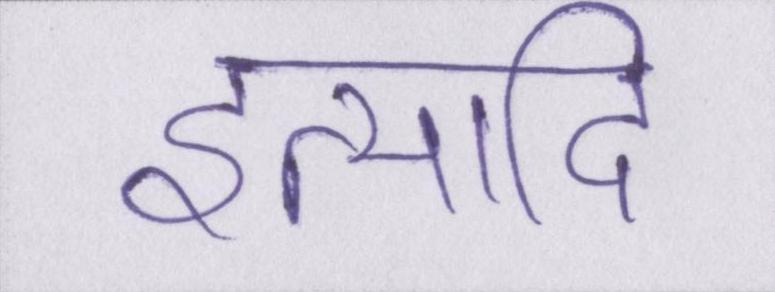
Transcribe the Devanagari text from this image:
इत्यादि